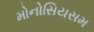
મોનોસિયસમ